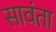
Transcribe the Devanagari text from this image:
सावंता